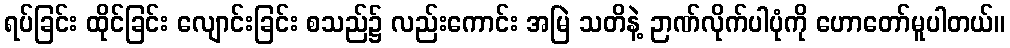
ရပ်ခြင်း ထိုင်ခြင်း လျောင်းခြင်း စသည်၌ လည်းကောင်း အမြဲ သတိနဲ့ ဉာဏ်လိုက်ပါပုံကို ဟောတော်မူပါတယ်။